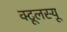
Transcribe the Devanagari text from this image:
क्टूलस्यू